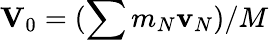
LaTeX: {\mathbf V}_{0}=(\sum m_{N}{\mathbf v}_{N})/M